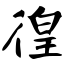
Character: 徨